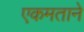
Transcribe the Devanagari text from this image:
एकमताने